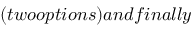
( t w o o p t i o n s ) a n d f i n a l l y